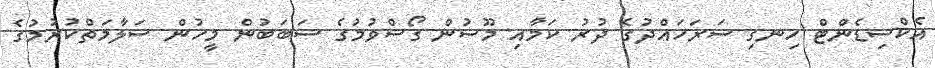
އެކްސިޑެންޓް ހިނގި ސަރަހައްދުގެ ދުރު ކަމާއި މޫސުން ގޯސްވުމުގެ ސަބަބުން މީހުން ސަލާމަތްކުރުމުގެ